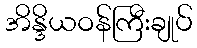
အိန္ဒိယဝန်ကြီးချုပ်